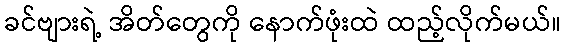
ခင်ဗျားရဲ့ အိတ်တွေကို နောက်ဖုံးထဲ ထည့်လိုက်မယ်။